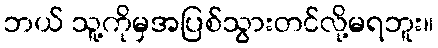
ဘယ် သူ့ကိုမှအပြစ်သွားတင်လို့မရဘူး။